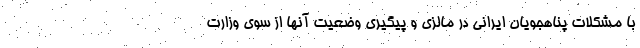
با مشکلات پناهجویان ایرانی در مالزی و پیگیری وضعیت آنها از سوی وزارت